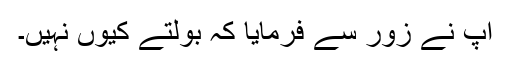
آپ نے زور سے فرمایا کہ بولتے کیوں نہیں۔